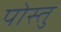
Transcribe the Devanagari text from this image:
पोस्तु